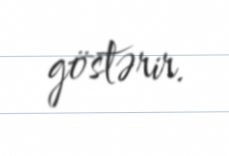
göstərir.